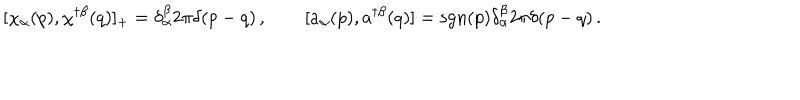
[ \chi _ { \alpha } ( p ) , \chi ^ { \dagger \beta } ( q ) ] _ { + } = \delta _ { \alpha } ^ { \beta } 2 \pi \delta ( p - q ) \, , \qquad [ a _ { \alpha } ( p ) , a ^ { \dagger \beta } ( q ) ] = \mathrm { s g n } ( p ) \delta _ { \alpha } ^ { \beta } 2 \pi \delta ( p - q ) \, .